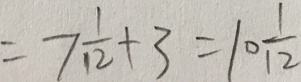
= 7 \frac { 1 } { 1 2 } + 3 = 1 0 \frac { 1 } { 1 2 }